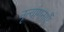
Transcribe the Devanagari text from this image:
नृत्यांगनाएँ